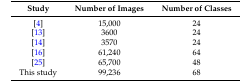
<table><thead><tr><td><b>Study</b></td><td><b>Number of Images</b></td><td><b>Number of Classes</b></td></tr></thead><tbody><tr><td>[4]</td><td>15,000</td><td>24</td></tr><tr><td>[13]</td><td>3600</td><td>24</td></tr><tr><td>[14]</td><td>3570</td><td>24</td></tr><tr><td>[16]</td><td>61,240</td><td>64</td></tr><tr><td>[25]</td><td>65,700</td><td>48</td></tr><tr><td>This study</td><td>99,236</td><td>68</td></tr></tbody></table>